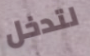
لتدخل